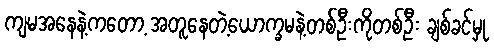
ကျမအနေနဲ့ကတော့ အတူနေတဲ့ယောက္ခမနဲ့တစ်ဦးကိုတစ်ဦး ချစ်ခင်မှု